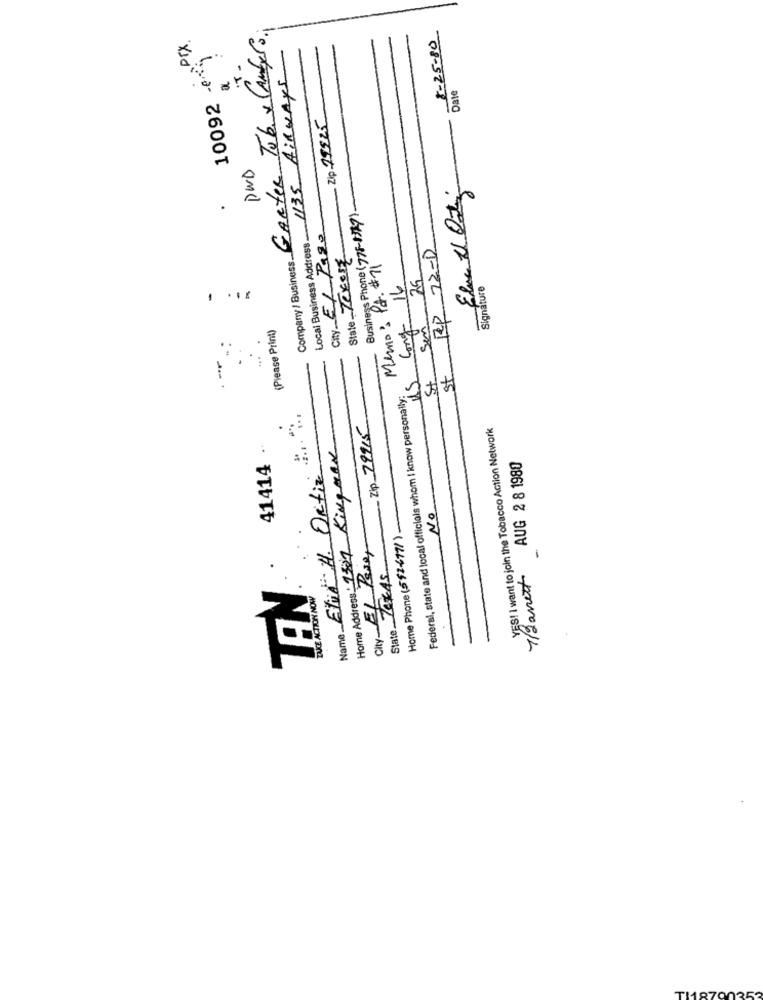
Company / Business GARTER Tob & CANtero.
8-25-80
PrX.
10092 -
-
Local Business Address 1135 Airways
Date
Zip 79525
DWD
Elva El Ost
Business Phone (778-8377)
City Ef Page
Cp 72-D
State Terers
Memo: PA. #11
25
16
Signature
Cong
(Please Print)
Sem
12
St.
St
Federal, state and local officials whom I know personally:
Name Ehud H. Ortiz " .....
Zip 29915
YES! I want to join the Tobacco Action Network
.
Home Address: 1527 Kingax
41414 .
AUG 2 8 1980
NO
Home Phone (5$2417/ )-
City EL Paso,
7/2 anett
State TEXAS
TAN®
INCE ACTION NOW